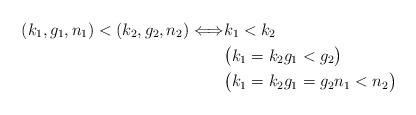
LaTeX: \begin{align*}(k_1, g_1, n_1) < (k_2, g_2, n_2) \Longleftrightarrow & k_1 < k_2 \\ & \big( k_1=k_2 g_1 < g_2 \big) \\ & \big( k_1=k_2 g_1 = g_2 n_1 < n_2 \big)\end{align*}